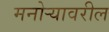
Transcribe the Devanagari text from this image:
मनोऱ्यावरील